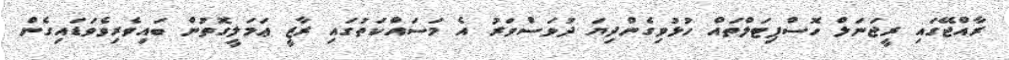
ރާއްޖޭގައި ރީޖަނަލް ހޮސްޕިޓަލްތައް ހުޅުވިގެންދިޔަ ދުވަސްވަރު އެ މަސައްކަތުގައި ރާޒީ ޢަމަލީގޮތުން ބައިވެރިވެވަޑައިގެން